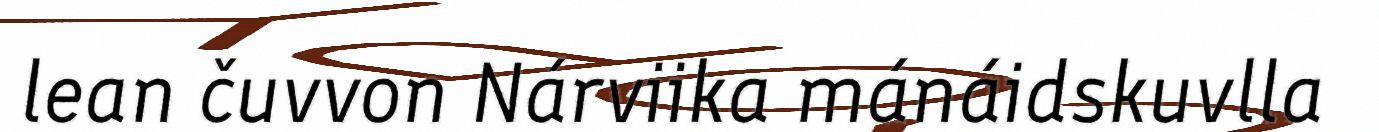
lean čuvvon Nárviika mánáidskuvlla